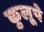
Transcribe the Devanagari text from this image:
कुलूपे